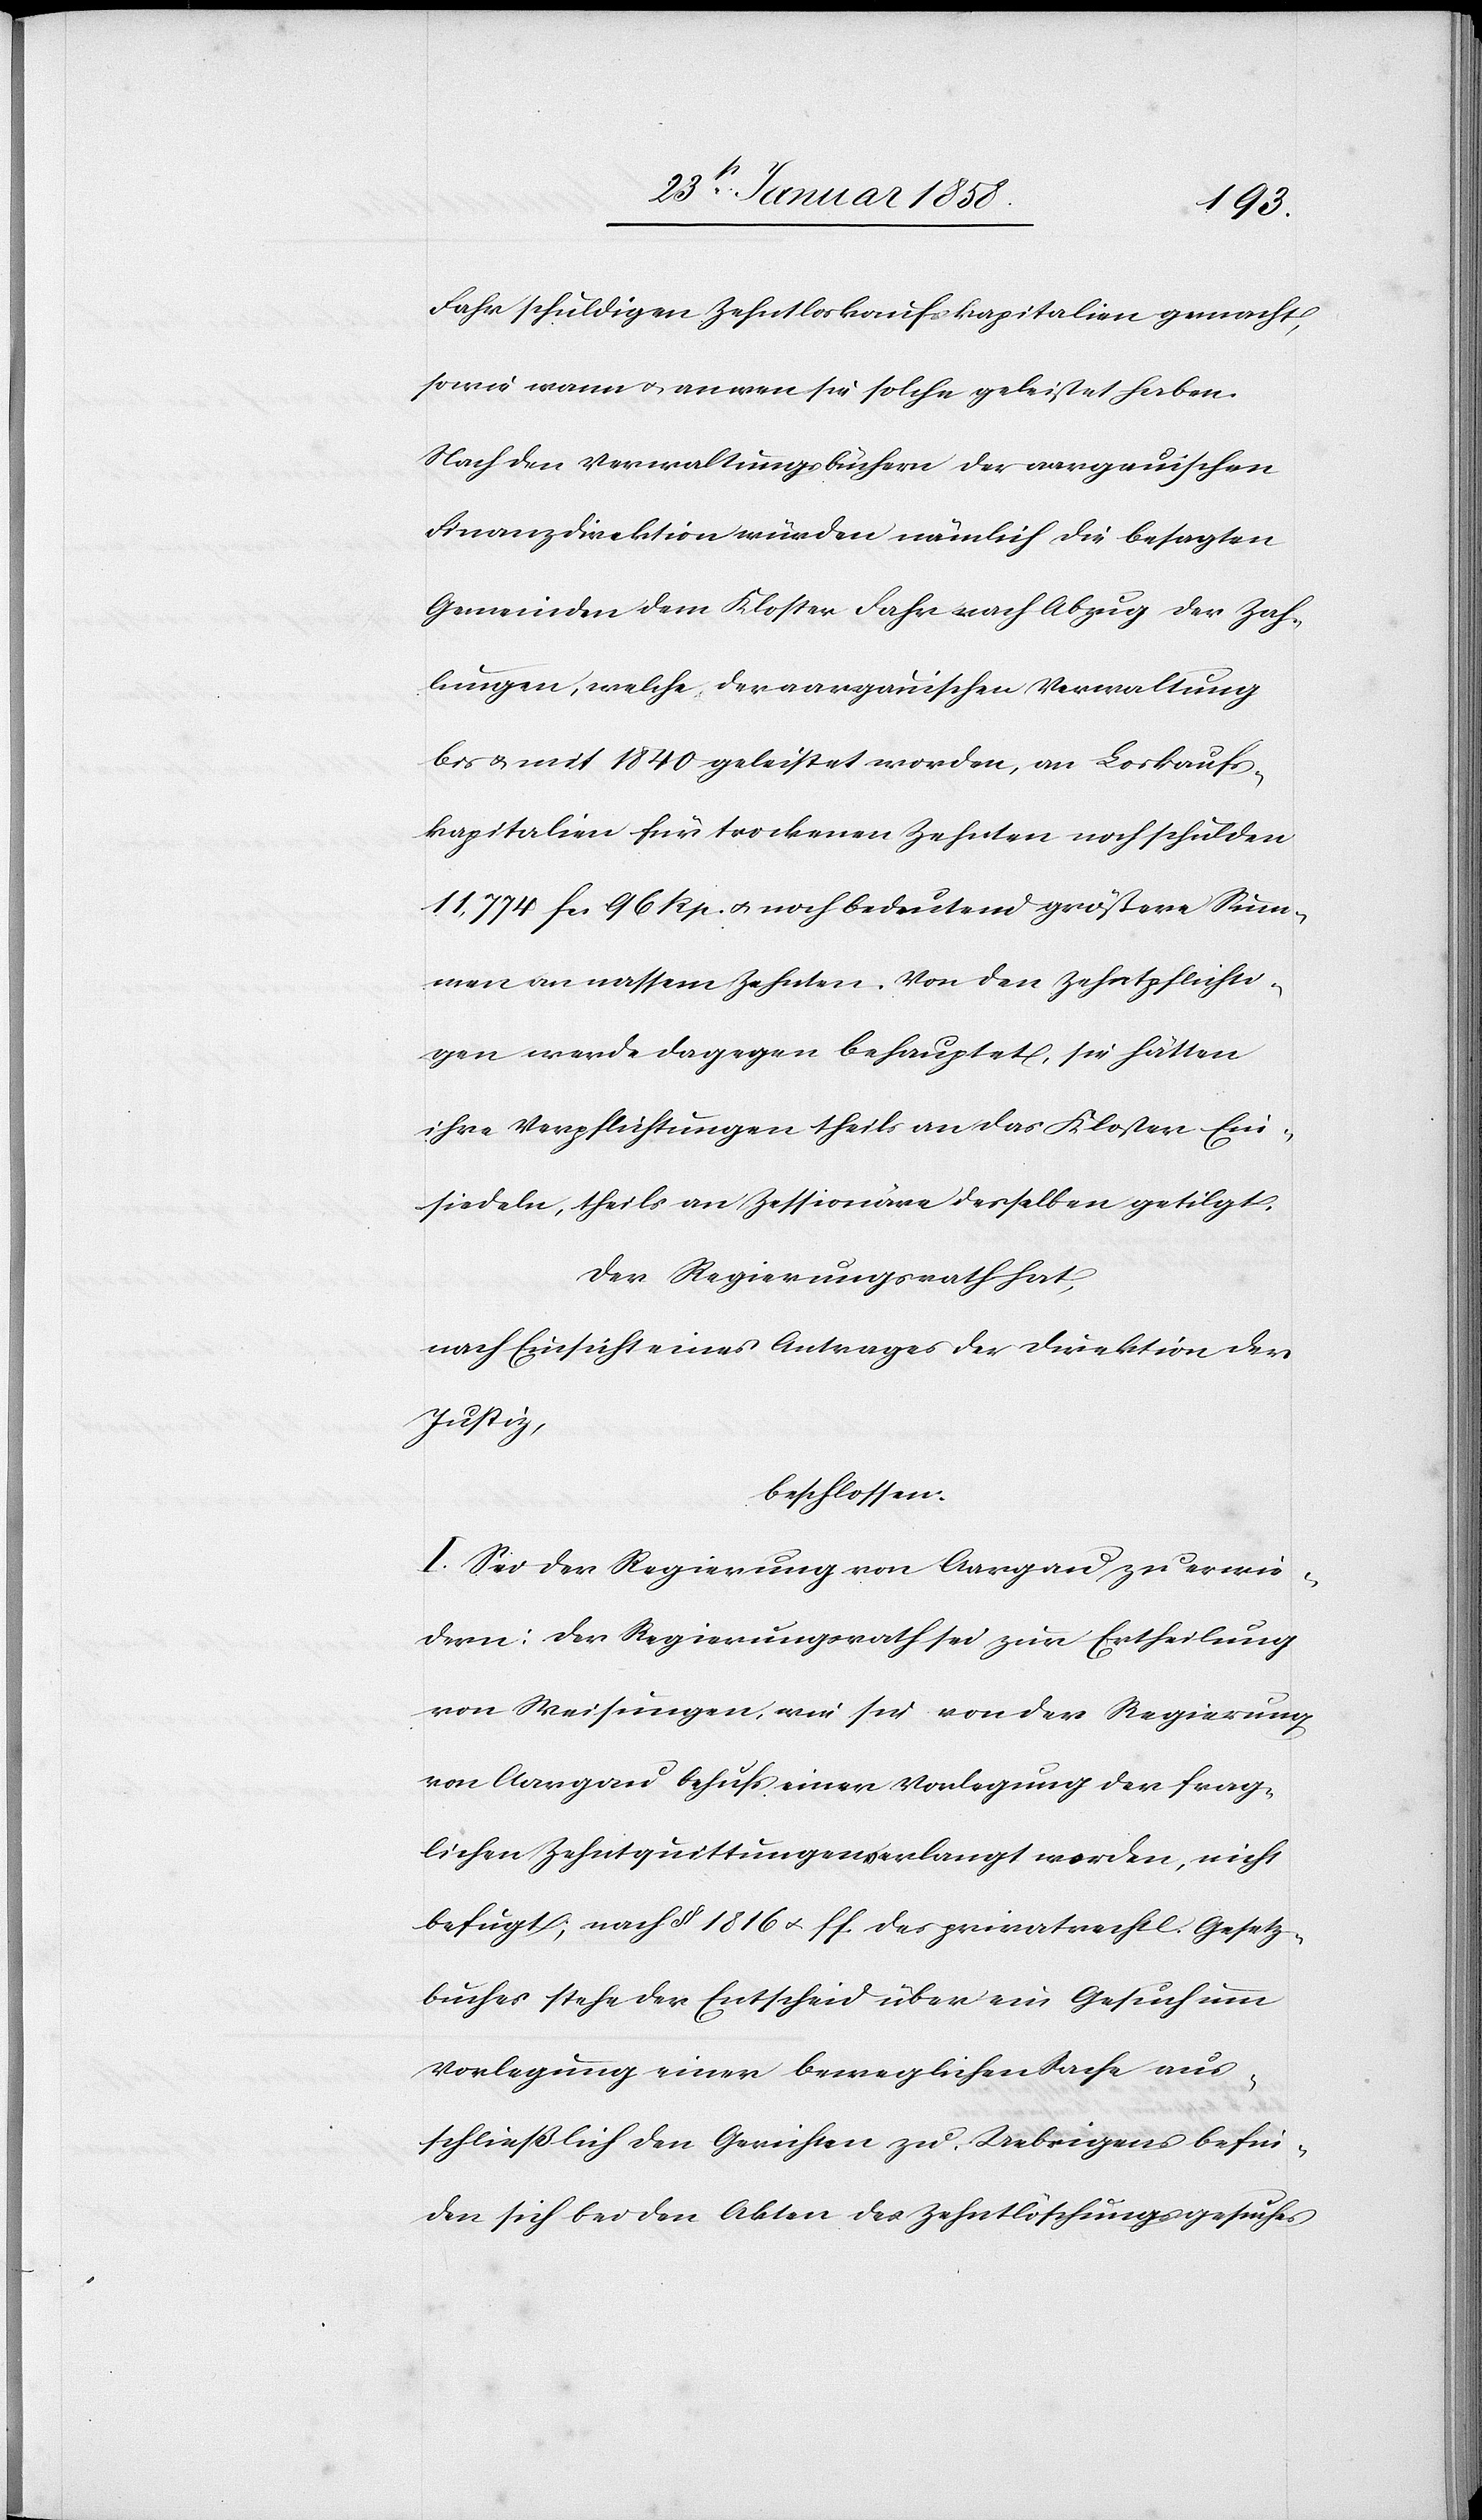
Fahr schuldigen Zehntloskaufskapitalien gemacht,
sowie wann u. an wen sie solche geleistet haben.
Nach den Verwaltungsbüchern der aargauischen
Finanzdirektion würden nämlich die besagten
Gemeinden dem Kloster Fahr nach Abzug der Zah¬
lungen, welche der aargauischen Verwaltung
bis u. mit 1840 geleistet worden, an Loskaufs¬
kapitalien für trockenen Zehnten noch schulden
11,774 fcs. 96 Rp. u. noch bedeutend größere Sum¬
men an nassem Zehnten. Von den Zehntpflichti¬
gen werde dagegen behauptet, sie hätten
ihre Verpflichtungen theils an das Kloster Ein¬
siedeln, theils an Zessionäre desselben getilgt.
Der Regierungsrath,
nach Einsicht eines Antrages der Direktion der
Justiz,
beschlossen:
I. Sei der Regierung von Aargau zu erwie¬
dern: Der Regierungsrath sei zur Ertheilung
von Weisungen, wie sie von der Regierung
von Aargau behufs einer Vorlegung der frag¬
lichen Zehntquittungen verlangt worden, nicht
befugt; nach § 1816 u. ff. des privatrechtl. Gesetz¬
buches stehe der Entscheid über ein Gesuch um
Vorlegung einer beweglichen Sache aus¬
schließlich den Gerichten zu. Uebrigens befin¬
den sich bei den Akten des Zehntlöschungsgesuches